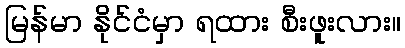
မြန်မာ နိုင်ငံမှာ ရထား စီးဖူးလား။